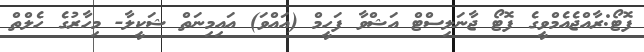
ފޮޓޯ:ރާއްޖެއެމްވީގެ ފޮޓޯ ޖާނަލިސްޓް އަޝްވާ ފަހީމް (އައްވަ) އައިމިނަތް ޝަކީލާ- މިހާރުގެ ހެލްތް